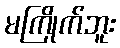
မကြိုက်ဘူး